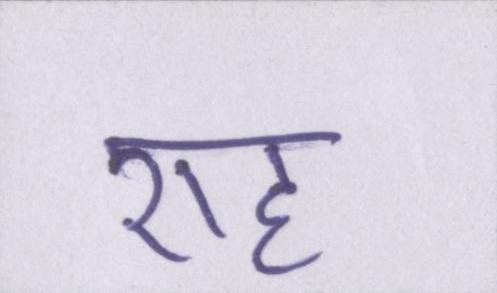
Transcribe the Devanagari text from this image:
राह